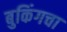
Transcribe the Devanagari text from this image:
बुकिंगचा